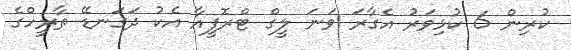
ކުރިން 6 ކުޅިވަރު އެގާރަ ވަނަ ލީގް ޓްރޮފީއާ އެކު ދަގަނޑޭ ތާރީހްގެ